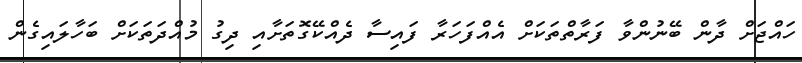
ހައްޖަށް ދާން ބޭނުންވާ ފަރާތްތަކަށް އެއްފަހަރާ ފައިސާ ދެއްކޭގޮތަށާއި ދިގު މުއްދަތަކަށް ބަހާލައިގެން